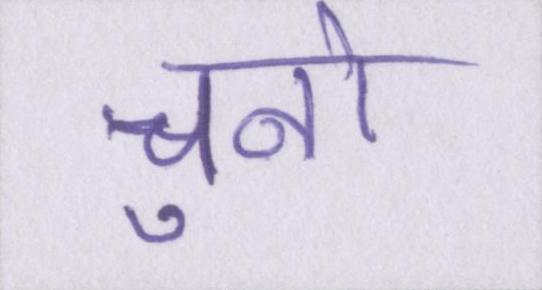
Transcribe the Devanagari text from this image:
चुनो